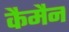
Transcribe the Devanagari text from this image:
कैमैन